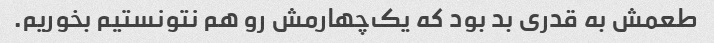
طعمش به قدری بد بود که یک‌چهارمش رو هم نتونستیم بخوریم.